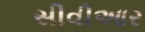
સીવીઆર